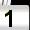
Digit: 1